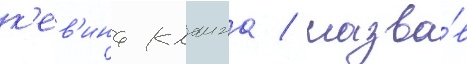
к'ев'ина клаина / назва́в